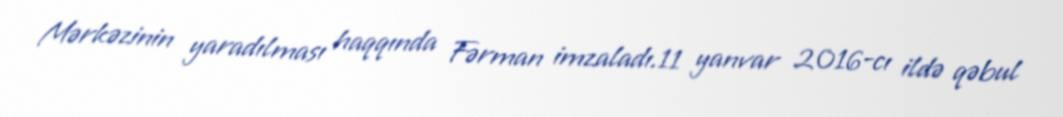
Mərkəzinin yaradılması haqqında Fərman imzaladı.11 yanvar 2016-cı ildə qəbul